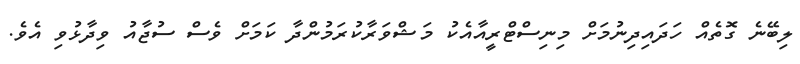
ލިބޭނެ ގޮތެއް ހަދައިދިނުމަށް މިނިސްޓްރީއާއެކު މަޝްވަރާކުރަމުންދާ ކަމަށް ވެސް ސުޖާއު ވިދާޅުވި އެވެ.